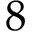
8